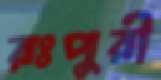
রঃপুরী